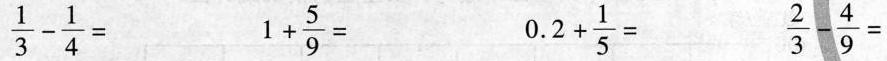
$$\frac{1}{3} - \frac{1}{4}=$$ $$1 +